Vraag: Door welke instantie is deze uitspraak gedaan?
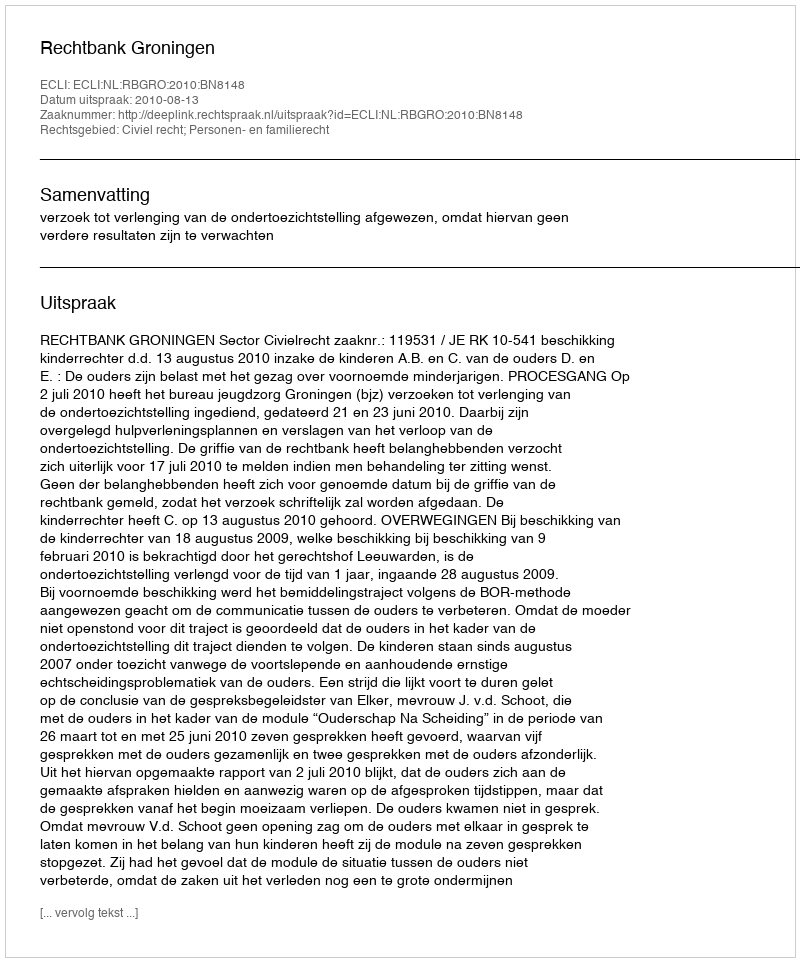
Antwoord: Rechtbank Groningen